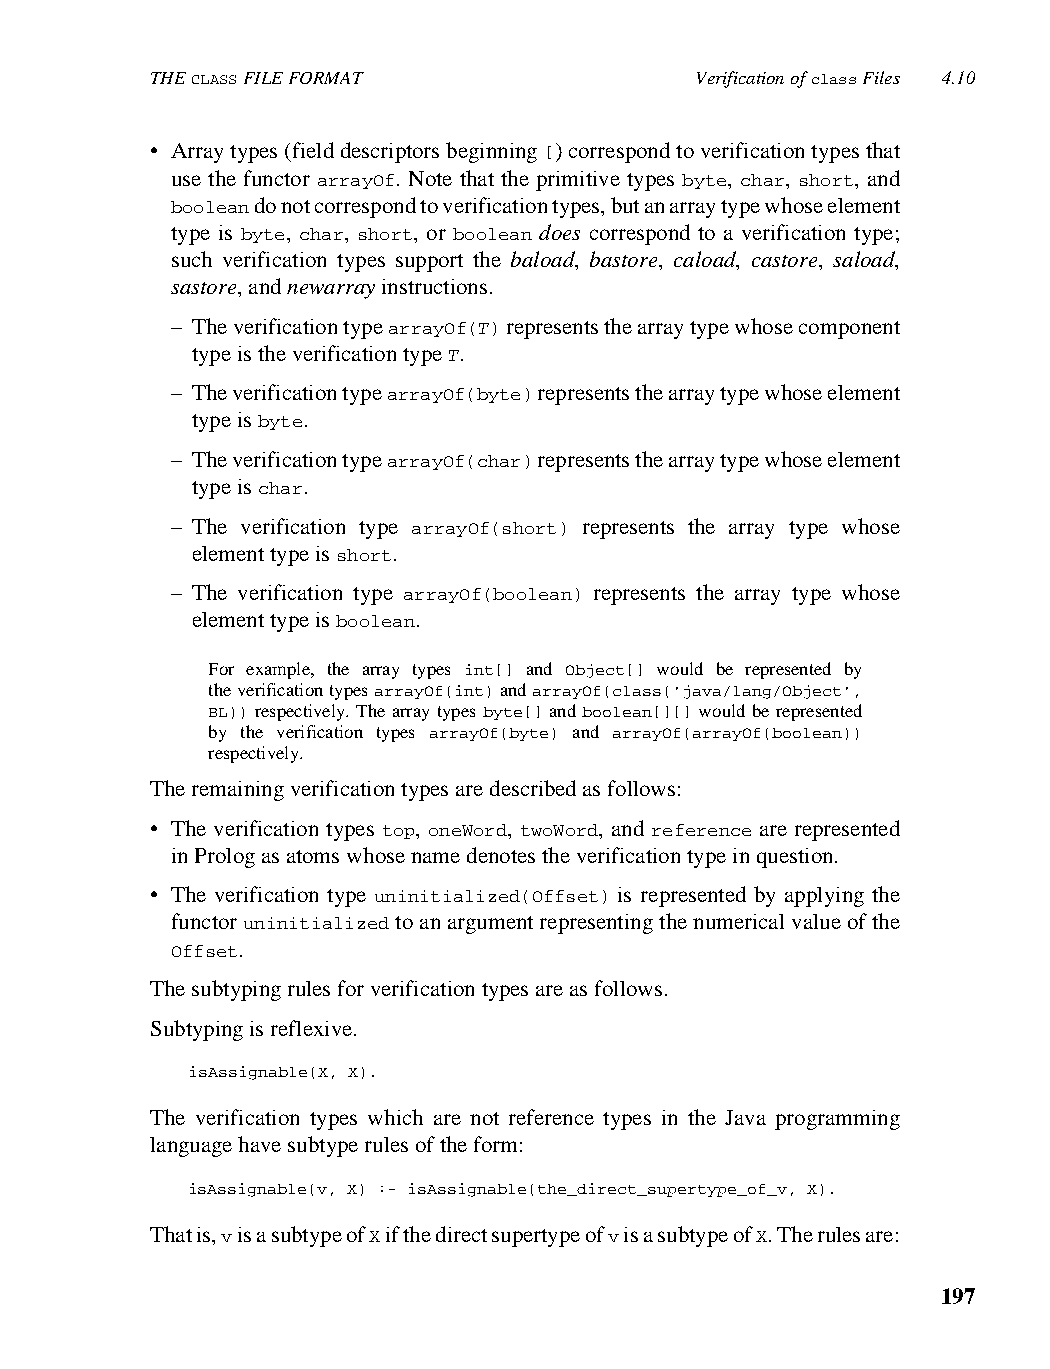
THE CLASS FILE FORMAT               Verification of class Files 4.10
 • Array types (field descriptors beginning [) correspond to verification types that
 use the functor arrayOf. Note that the primitive types byte, char, short, and
 boolean do not correspond to verification types, but an array type whose element
 type is byte, char, short, or boolean does correspond to a verification type;
 such verification types support the baload, bastore, caload, castore, saload,
 sastore, and newarray instructions.
 – The verification type arrayOf(T) represents the array type whose component
 type is the verification type T.
 – The verification type arrayOf(byte) represents the array type whose element
 type is byte.
 – The verification type arrayOf(char) represents the array type whose element
 type is char.
 – The verification type arrayOf(short) represents the array type whose
 element type is short.
 – The verification type arrayOf(boolean) represents the array type whose
 element type is boolean.
 For example, the array types int[] and Object[] would be represented by
 the verification types arrayOf(int) and arrayOf(class('java/lang/Object',
 BL)) respectively. The array types byte[] and boolean[][] would be represented
 by the verification types arrayOf(byte) and arrayOf(arrayOf(boolean))
 respectively.
 The remaining verification types are described as follows:
 • The verification types top, oneWord, twoWord, and reference are represented
 in Prolog as atoms whose name denotes the verification type in question.
 • The verification type uninitialized(Offset) is represented by applying the
 functor uninitialized to an argument representing the numerical value of the
 Offset.
 The subtyping rules for verification types are as follows.
 Subtyping is reflexive.
 isAssignable(X, X).
 The verification types which are not reference types in the Java programming
 language have subtype rules of the form:
 isAssignable(v, X) :- isAssignable(the_direct_supertype_of_v, X).
 That is, v is a subtype of X if the direct supertype of v is a subtype of X. The rules are:
 197